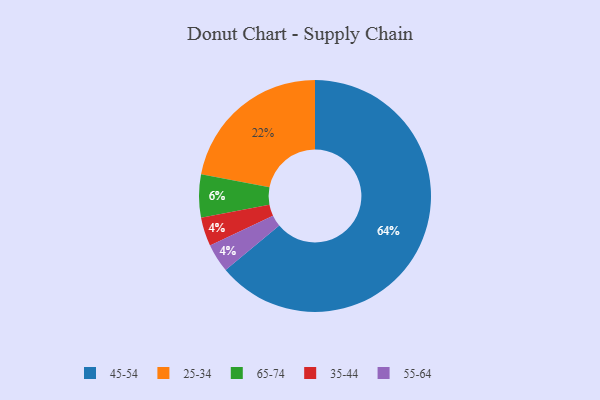
{"axis": {"x": "Category", "y": "Percentage"}, "legend": ["25-34", "35-44", "45-54", "55-64", "65-74"], "data": [{"x": "25-34", "y": 22, "type": "25-34"}, {"x": "45-54", "y": 64, "type": "45-54"}, {"x": "35-44", "y": 4, "type": "35-44"}, {"x": "55-64", "y": 4, "type": "55-64"}, {"x": "65-74", "y": 6, "type": "65-74"}]}